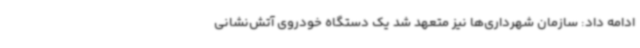
ادامه داد: سازمان شهرداری‌ها نیز متعهد شد یک دستگاه خودروی آتش‌نشانی